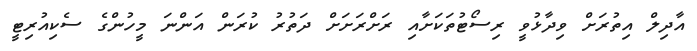
އާދިލް އިތުރަށް ވިދާޅުވީ ރިސޯޓުތަކަށާއި ރަށްރަށަށް ދަތުރު ކުރަން އަންނަ މީހުންގެ ސެކިއުރިޓީ